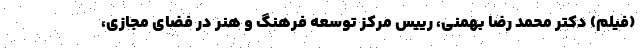
(فیلم) دکتر محمد رضا بهمنی، رییس مرکز توسعه فرهنگ و هنر در فضای مجازی،